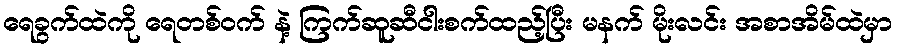
ရေခွက်ထဲကို ရေတစ်ဝက် နဲ့ ကြက်ဆူဆီငါးစက်ထည့်ပြီး မနက် မိုးလင်း အစာအိမ်ထဲမှာ